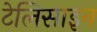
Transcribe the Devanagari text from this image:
टेलिसाइन